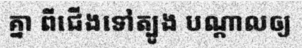
គ្នា ពីជើងទៅត្បូង បណ្តាលឲ្យ